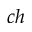
c h